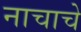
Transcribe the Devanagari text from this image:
नाचाचे